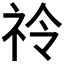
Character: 𮁣